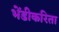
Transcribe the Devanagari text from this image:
भेंडीकरिता